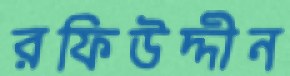
রফিউদ্দীন